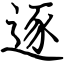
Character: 逐